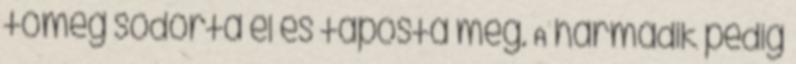
tömeg sodorta el és taposta meg. A harmadik pedig